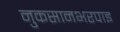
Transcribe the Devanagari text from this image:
नुकसानभरपाइ